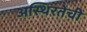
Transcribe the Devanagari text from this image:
अस्थिरतेची